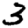
Digit: 3